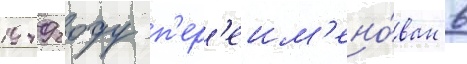
1949 году п'ер'еим'ено́ван в